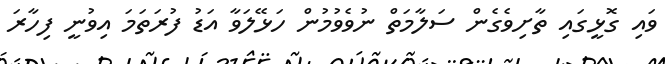
ވައި ގޮޅީގައި ތާށިވެގެން ސަލާމަތް ނުވެވުމުން ހަޅޭލަވާ އަޑު ފުރަތަމަ އިވުނީ ފިހާރަ